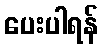
ပေးပါရန်